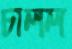
চালল